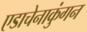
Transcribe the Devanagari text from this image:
एडाचेनाकुंगन